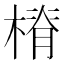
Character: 𣖷